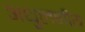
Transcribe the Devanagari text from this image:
अधुलनीय